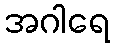
အဂါရေ